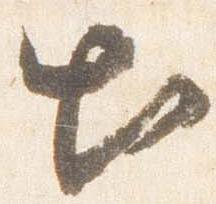
出